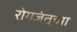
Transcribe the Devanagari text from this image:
रोगजंतूच्या